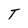
Character: T